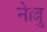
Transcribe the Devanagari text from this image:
नेल्लु